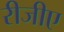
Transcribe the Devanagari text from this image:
रीजीए